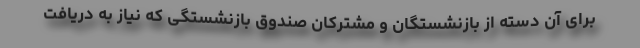
برای آن دسته از بازنشستگان و مشترکان صندوق بازنشستگی که نیاز به دریافت